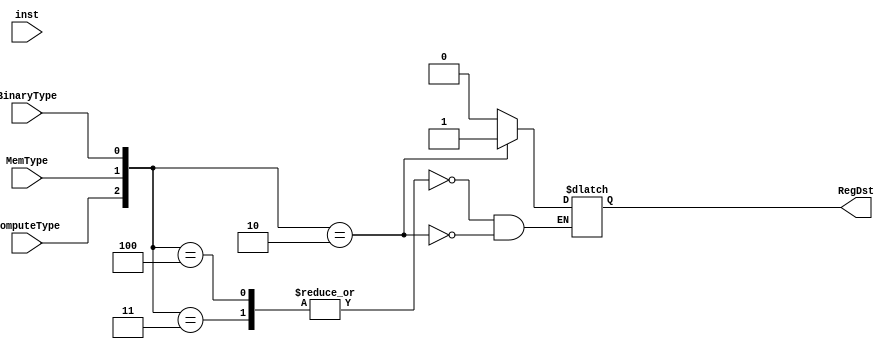
module selectRegDst(inst, ComputeType, MemType, BinaryType, RegDst);

    // ports
    input wire [15:0] inst;
    input ComputeType, MemType, BinaryType;
    output reg RegDst;

    // internal
    reg error;
    reg [2:0] combinedVector;
    
    // ADD 0000
    // SUB 0001
    // XOR 0010
    // PADDSB 0111
    // RED 0011

    always @(inst, ComputeType, MemType, BinaryType) begin
        combinedVector = {ComputeType, MemType, BinaryType};
        case (combinedVector)
            // Compute, LLB/LUB
            3'b100, 3'b011: begin
                RegDst = 0;
                error = 0;
            end
            // pure mem
            3'b010: begin
                RegDst = 1;
                error = 0;
            end
            default: error=1; // Default case 
        endcase
    end
endmodule

// P1 version
// module selectRegDst(inst, ComputeType, MemType, BinaryType, RegDst);

//     // ports
//     input wire [15:0] inst;
//     input ComputeType, MemType, BinaryType;

//     output reg [3:0] RegDst;

//     // internal
//     reg error;
//     // ADD 0000
//     // SUB 0001
//     // XOR 0010
//     // PADDSB 0111
//     // RED 0011
//     reg [2:0] combinedVector;

//     always @(inst, ComputeType, MemType, BinaryType) begin
//         combinedVector = {ComputeType, MemType, BinaryType};
//         case (combinedVector)
//             // Compute, LLB/LUB
//             3'b100, 3'b011: begin
//                 RegDst = inst[11:8];
//                 error = 0;
//             end
//             // pure mem
//             3'b010: begin
//                 RegDst = inst[11:8];
//                 error = 0;
//             end
//             default: error=1; // Default case 
//         endcase
//     end
// endmodule